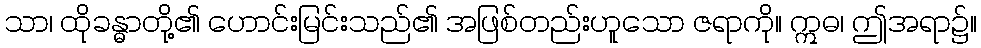
သာ၊ ထိုခန္ဓာတို့၏ ဟောင်းမြင်းသည်၏ အဖြစ်တည်းဟူသော ဇရာကို။ ဣဓ၊ ဤအရာ၌။